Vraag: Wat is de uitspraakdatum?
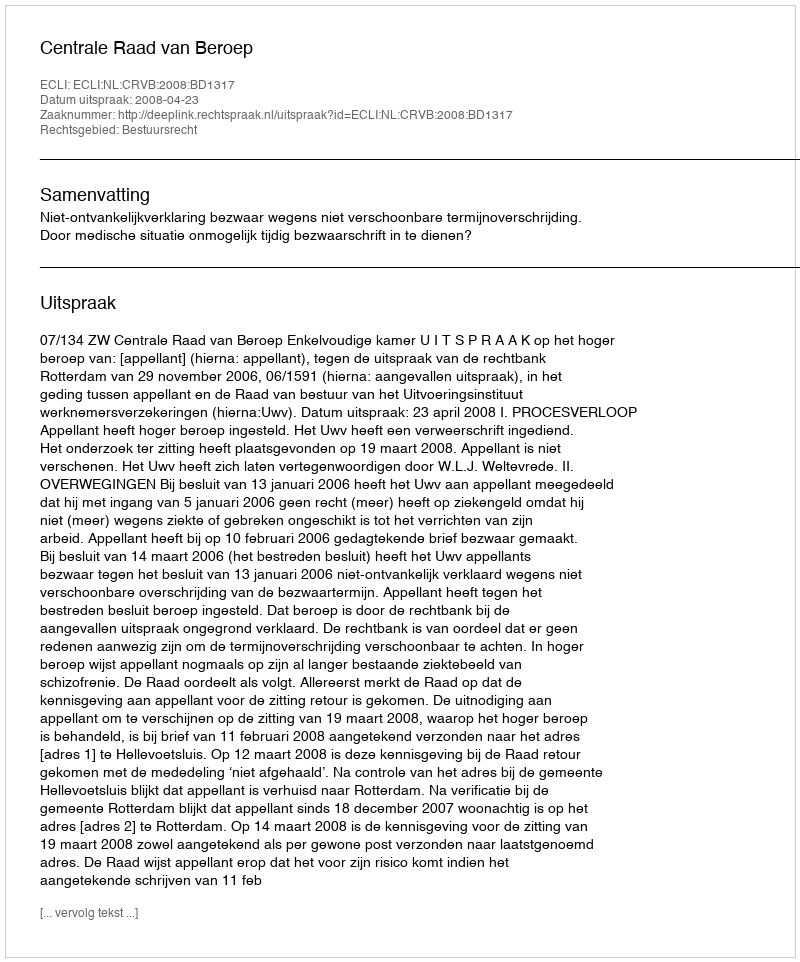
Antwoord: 2008-04-23